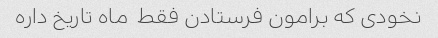
نخودی که برامون فرستادن فقط  ماه تاریخ داره